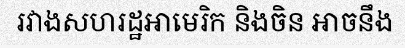
រវាងសហរដ្ឋអាមេរិក និងចិន អាចនឹង